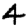
Digit: 4